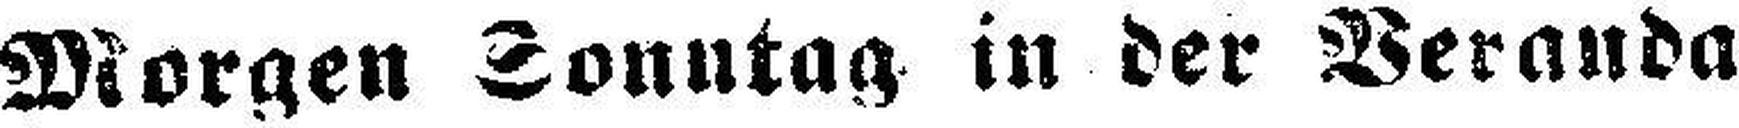
Morgen Sonntag in der Veranda